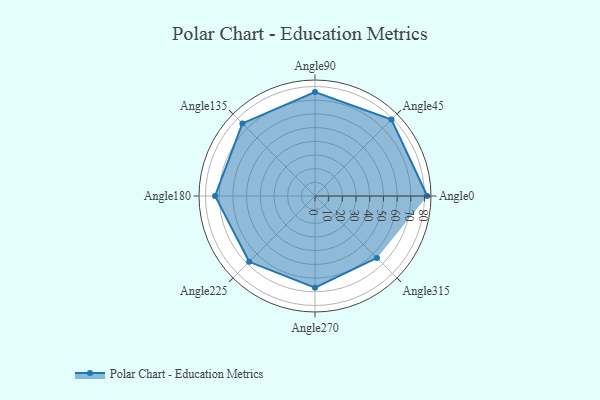
{"axis": {"x": "Angle", "y": "Radius"}, "legend": [""], "data": [{"x": "Angle0", "y": 82.0, "type": ""}, {"x": "Angle45", "y": 79.0, "type": ""}, {"x": "Angle90", "y": 76.0, "type": ""}, {"x": "Angle135", "y": 75.0, "type": ""}, {"x": "Angle180", "y": 73.0, "type": ""}, {"x": "Angle225", "y": 68.0, "type": ""}, {"x": "Angle270", "y": 67.0, "type": ""}, {"x": "Angle315", "y": 64.0, "type": ""}]}